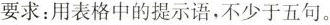
要求：用表格中的提示语，不少于五句。